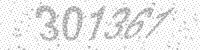
Solution: 301361